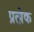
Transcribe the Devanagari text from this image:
प्रत्य़ेक